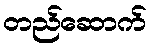
တည်ဆောက်